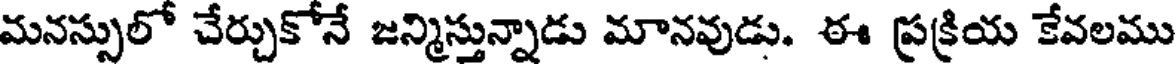
మనస్సులో చేర్చుకోనే జన్మిస్తున్నాడు మానవుడు. ఈ ప్రక్రియ కేవలము